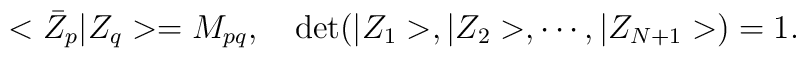
< \bar Z_p\vert Z_q>=M_{pq}, \quad \mbox{det}(\vert Z_1>, \vert Z_2>,\cdots, \vert Z_{N+1}>) =1.